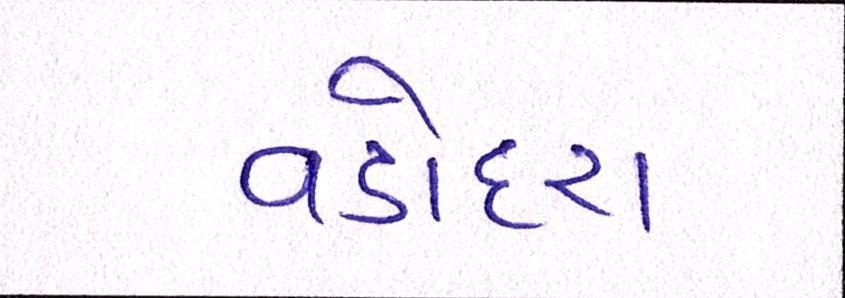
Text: વડોદરા